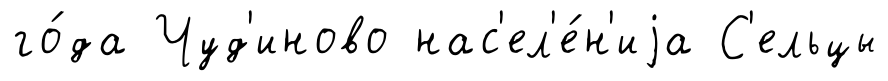
го́да Чуд'иново нас'ел'е́н'иjа С'ельцы